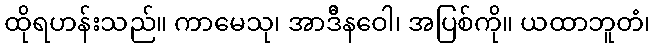
ထိုရဟန်းသည်။ ကာမေသု၊ အာဒိီနဝေါ၊ အပြစ်ကို။ ယထာဘူတံ၊